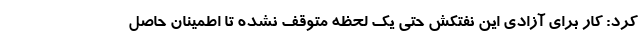
کرد: کار برای آزادی این نفتکش حتی یک لحظه متوقف نشده تا اطمینان حاصل